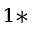
^ { 1 * }